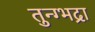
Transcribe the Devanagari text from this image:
तुन्ग्भद्रा